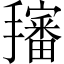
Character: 𱡉